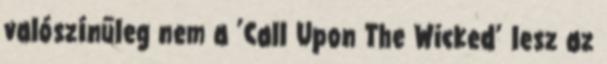
valószínűleg nem a ’Call Upon The Wicked’ lesz az